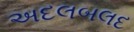
અદલબલદ